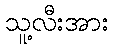
သူ့လီးအား